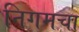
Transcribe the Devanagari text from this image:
निगमचा